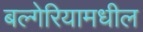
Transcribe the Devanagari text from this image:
बल्गेरियामधील